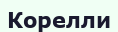
Корелли